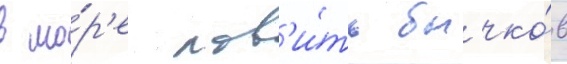
в мо́р'е лов'и́ть бычко́в